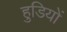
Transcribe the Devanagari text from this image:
हुडियों